Vaccination in Burma 1920-1933 - 1920-1933
Year: 1920
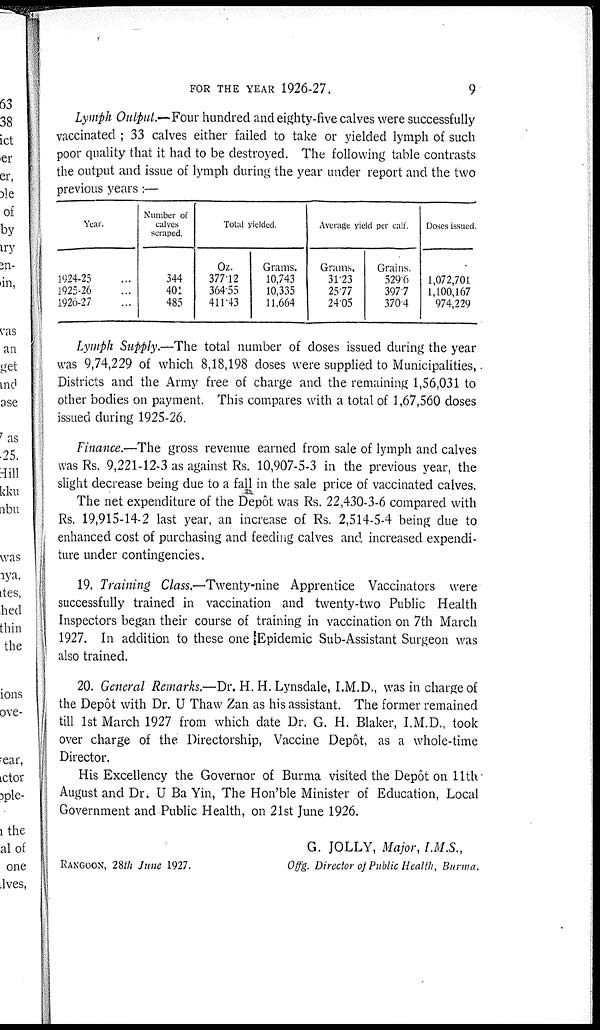
FOR THE YEAR 1926-27.
9
Lymph Output—Four hundred and eighty-five calves were successfully
vaccinated ; 33 calves either failed to take or yielded lymph of such
poor quality that it had to be destroyed. The following table contrasts
the output and issue of lymph during the year under report and the two
previous years:—
Year.
1924-25...
1925-26...
1926-27...
Number of
calves
scraped.
344
401
485
Total yielded.
OL.
377.12
364.55
411.43
Grams.
10,743
10,335
11,664
Average yield per call.
Grams,
31.23
25.77
24.05
Grains.
529.6
397.7
370.4
Doses issued.
1,072,701
1,100,167
974,229
Lymph Supply.—The total number of doses issued during the year
was 9,74,229 of which 8,18,198 doses were supplied to Municipalities,
other bodies on payment. This compares with a total of 1,67,560 doses
issued during 1925-26.
Finance.—The gross revenue earned from sale of lymph and calves
was Rs. 9,221-12-3 as against Rs. 10,907-5-3 in the previous year, the
slight decrease being due to a fall in the sale price of vaccinated calves.
The net expenditure of the Depôt was Rs. 22,430-3-6 compared with
Rs. 19,915-14-2 last year, an increase of Rs. 2,514-5-4 being due to
enhanced cost of purchasing and feeding calves and increased expendi-
ture under contingencies.
19. Training Class.—Twenty-nine Apprentice Vaccinators were
successfully trained in vaccination and twenty-two Public Health
Inspectors began their course of training in vaccination on 7th March
1927. In addition to these one Epidemic Sub-Assistant Surgeon was
also trained.
20. General Remarks.—Dr. H. H. Lynsdale, I.M.D., was in charge of
the Depôt with Dr. U Thaw Zan as his assistant. The former remained
till 1st March 1927 from which date Dr. G. H. Blaker, I.M.D., took
over charge of the Directorship, Vaccine Depôt, as a whole-time
Director.
His Excellency the Governor of Burma visited the Depôt on 11th
August and Dr. U Ba Yin, The Hon'ble Minister of Education, Local
Government and Public Health, on 21st June 1926.
G. JOLLY, Major, I.M.S.,
Offg. Director of Public Health, Burma.
Rangoon, 28th June 1927.